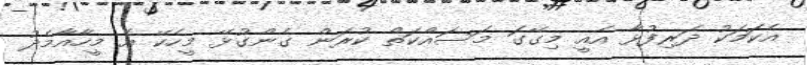
އެކަމަކު ދަރިފުޅާ އެއީ މިގޭގަ މަސައްކަތް ކުރަން ގެންގުޅޭ މީހެކޭ އެ މީހާއާމެދު